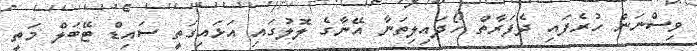
ވިސްނަން ހުރެފައި ދެފަރާތް ހޯދައިލިތަނާ އޭނާގެ ލޮލުގައި އަޅައިގަތީ ސައިޑް ޓޭބަލް މަތީ